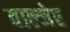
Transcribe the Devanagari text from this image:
वाल्जेर